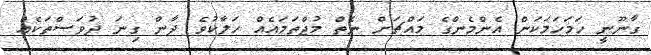
ގާނޫނީ ހަމަހަމަކަން އެންމެންގެ މައްޗަށް ނެތް މުޖްތަމައެއް ހަލާކުވެ ދާން ގިނަ ދުވަސްތަކެއް